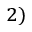
^ { 2 ) }